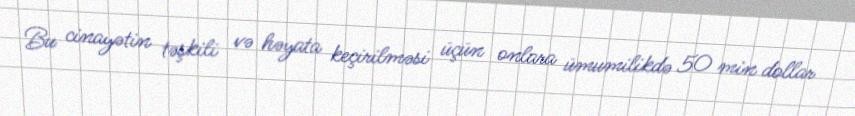
Bu cinayətin təşkili və həyata keçirilməsi üçün onlara ümumilikdə 50 min dollar